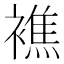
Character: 𧝈